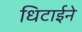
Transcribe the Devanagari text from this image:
धिटाईने